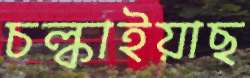
চল্‌কাইয়াছ